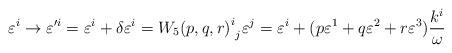
LaTeX: \begin{align*}\varepsilon^{i} \rightarrow {\varepsilon'^{i}} = \varepsilon^{i} + \delta \varepsilon^{i} ={{W_5 (p, q, r)}^{i}}_{j} \varepsilon^{j} = \varepsilon^{i} +( p\varepsilon^1 + q\varepsilon^2 + r\varepsilon^3)\frac{k^i}{\omega}\end{align*}